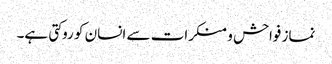
نماز فواحش و منکرات سے انسان کو روکتی ہے۔